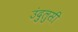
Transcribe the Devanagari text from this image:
उंदुलुसी